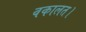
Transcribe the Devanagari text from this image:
वकालत।